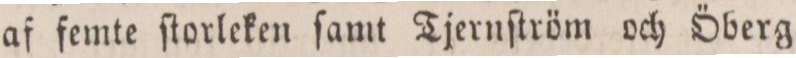
af femte ſtorleken ſamt Tjernſtröm och Öberg